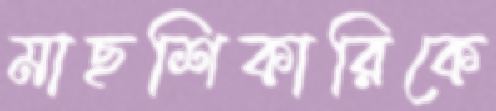
মাছশিকারিকে